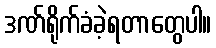
ဒဏ်ရိုက်ခံခဲ့ရတာတွေပါ။